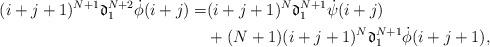
LaTeX: \begin{align*}(i+j+1)^{N+1}\mathfrak{d}_1^{N+2}\dot{\phi}(i+j)=&(i+j+1)^{N}\mathfrak{d}_1^{N+1}\dot{\psi}(i+j)\\&+(N+1)(i+j+1)^{N}\mathfrak{d}_1^{N+1}\dot{\phi}(i+j+1),\end{align*}